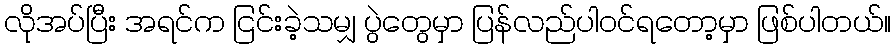
လိုအပ်ပြီး အရင်က ငြင်းခဲ့သမျှ ပွဲတွေမှာ ပြန်လည်ပါဝင်ရတော့မှာ ဖြစ်ပါတယ်။